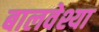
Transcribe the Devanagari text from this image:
बालवेश्या